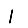
Digit: 1